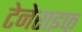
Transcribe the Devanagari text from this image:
टेनेराइफ